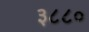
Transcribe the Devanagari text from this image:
३८८०